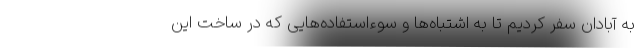
به آبادان سفر کردیم تا به اشتباه‌ها و سوءاستفاده‌هایی که در ساخت این